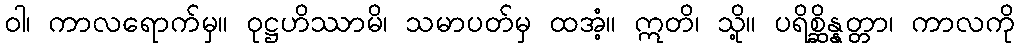
ဝါ၊ ကာလရောက်မှ။ ဝုဋ္ဌဟိဿာမိ၊ သမာပတ်မှ ထအံ့။ ဣတိ၊ သို့။ ပရိစ္ဆိန္နတ္တာ၊ ကာလကို